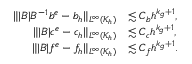
\begin{array} { r l } { \| | B | B ^ { - 1 } b ^ { e } - b _ { h } \| _ { L ^ { \infty } ( \mathcal { K } _ { h } ) } } & { \lesssim C _ { b } h ^ { k _ { g } + 1 } , } \\ { \| | B | c ^ { e } - c _ { h } \| _ { L ^ { \infty } ( \mathcal { K } _ { h } ) } } & { \lesssim C _ { c } h ^ { k _ { g } + 1 } , } \\ { \| | B | f ^ { e } - f _ { h } \| _ { L ^ { \infty } ( \mathcal { K } _ { h } ) } } & { \lesssim C _ { f } h ^ { k _ { g } + 1 } . } \end{array}